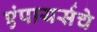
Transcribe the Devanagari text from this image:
एंपायर्सचे